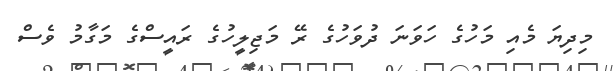
މިދިޔަ މެއި މަހުގެ ހަވަނަ ދުވަހުގެ ރޭ މަޖިލީހުގެ ރައީސްގެ މަގާމު ވެސް